Indian journal of veterinary science and animal husbandry - Volume 2,
Year: 1932
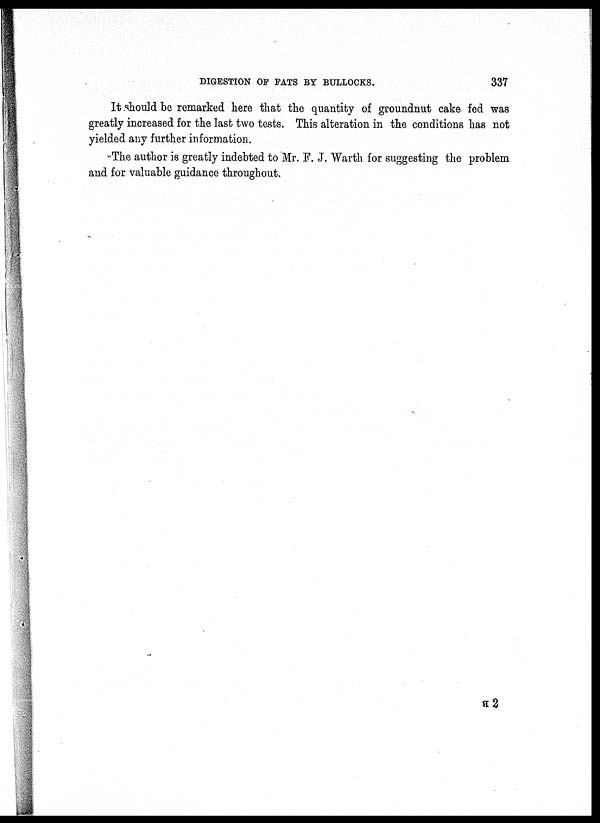
DIGESTION OF FATS BY BULLOCKS.
337
It should be remarked here that the quantity of groundnut cake fed was
greatly increased for the last two tests. This alteration in the conditions has not
yielded any further information.
The author is greatly indebted to Mr. F. J. Warth for suggesting the problem
and for valuable guidance throughout.
B 2